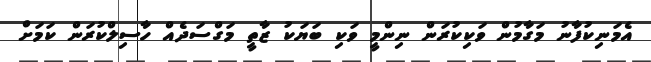
އެމަނިކުފާނު މަގާމުން ވަކިކުރަން ނިންމީ ވަކި ބަޔަކު ޒާތީ މަގްސަދެއް ހާސިލްކުރަން ކަމަށް